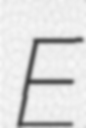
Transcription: E